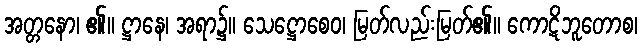
အတ္တနော၊ ၏။ ဋ္ဌာနေ၊ အရာ၌။ သေဋ္ဌောစေဝ၊ မြတ်လည်းမြတ်၏။ ကောဋိဘူတောစ၊